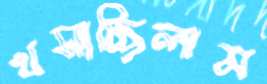
খসাচ্ছিলাম